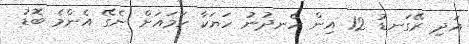
އަދި ރޭގަނޑު 12 އިން ހެނދުނު ހަޔަކާ ހަމައަށް ނެގޭ އެންމެ ބޮޑު